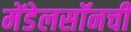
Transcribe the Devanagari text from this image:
मेंडेलसॉनची